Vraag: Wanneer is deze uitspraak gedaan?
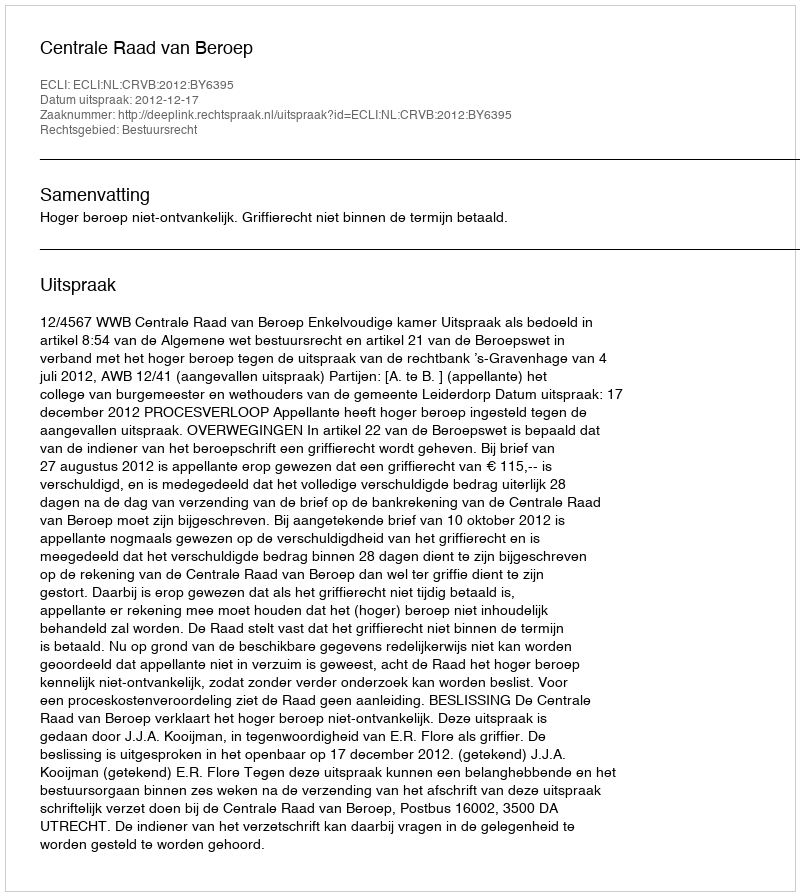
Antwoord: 2012-12-17